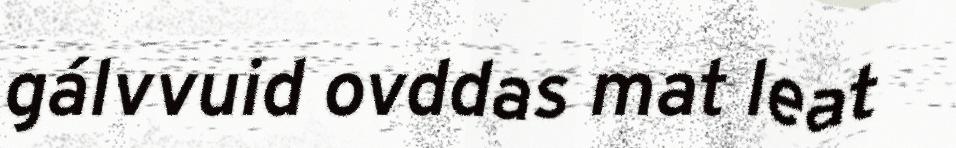
gálvvuid ovddas mat leat